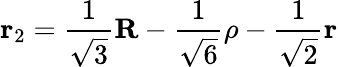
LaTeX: {\mathbf r}_{2}=\frac{1}{\sqrt{3}}{\mathbf R}-\frac{1}{\sqrt{6}}{\mathbf\rho}-\frac{1}{\sqrt{2}}{\mathbf r}